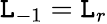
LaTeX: \mathtt{L}_{-1}=\mathtt{L}_{r}